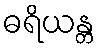
ဓရိယန္တ